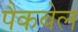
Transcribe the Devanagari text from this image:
पैकबेल